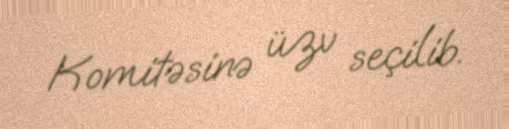
Komitəsinə üzv seçilib.